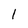
Character: l